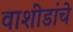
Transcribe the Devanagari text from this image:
वाशींडांचे